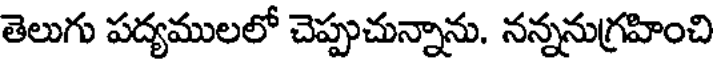
తెలుగు పద్యములలో చెప్పుచున్నాను. నన్ననుగ్రహించి